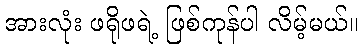
အားလုံး ဖရိုဖရဲ့ ဖြစ်ကုန်ပါ လိမ့်မယ်။